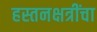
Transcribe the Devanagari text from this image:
हस्तनक्षत्रींचा